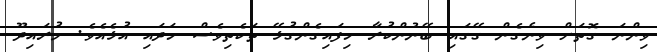
ވިންނަ ގޮތަށް ވިނެގެން ގޭގައި ބޭނުންކުރާ ހިފައިގެންގުޅޭ ތަކެތިވެސް ހަދައި އުޅެއެވެ. މުރައިދޫ